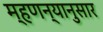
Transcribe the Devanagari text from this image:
म्हणन्यानुसार